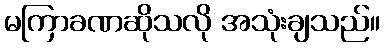
မကြာခဏဆိုသလို အသုံးချသည်။